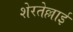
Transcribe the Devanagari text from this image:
शेरतेल्लाई